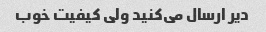
دیر ارسال می‌کنید ولی کیفیت خوب